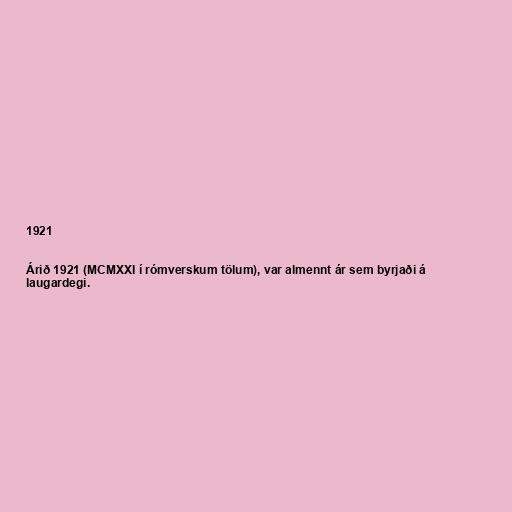
1921

Árið 1921 (MCMXXI í rómverskum tölum), var almennt ár sem byrjaði á
laugardegi.